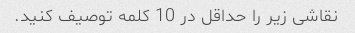
نقاشی زیر را حداقل در 10 کلمه توصیف کنید.